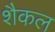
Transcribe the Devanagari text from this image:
शैकल